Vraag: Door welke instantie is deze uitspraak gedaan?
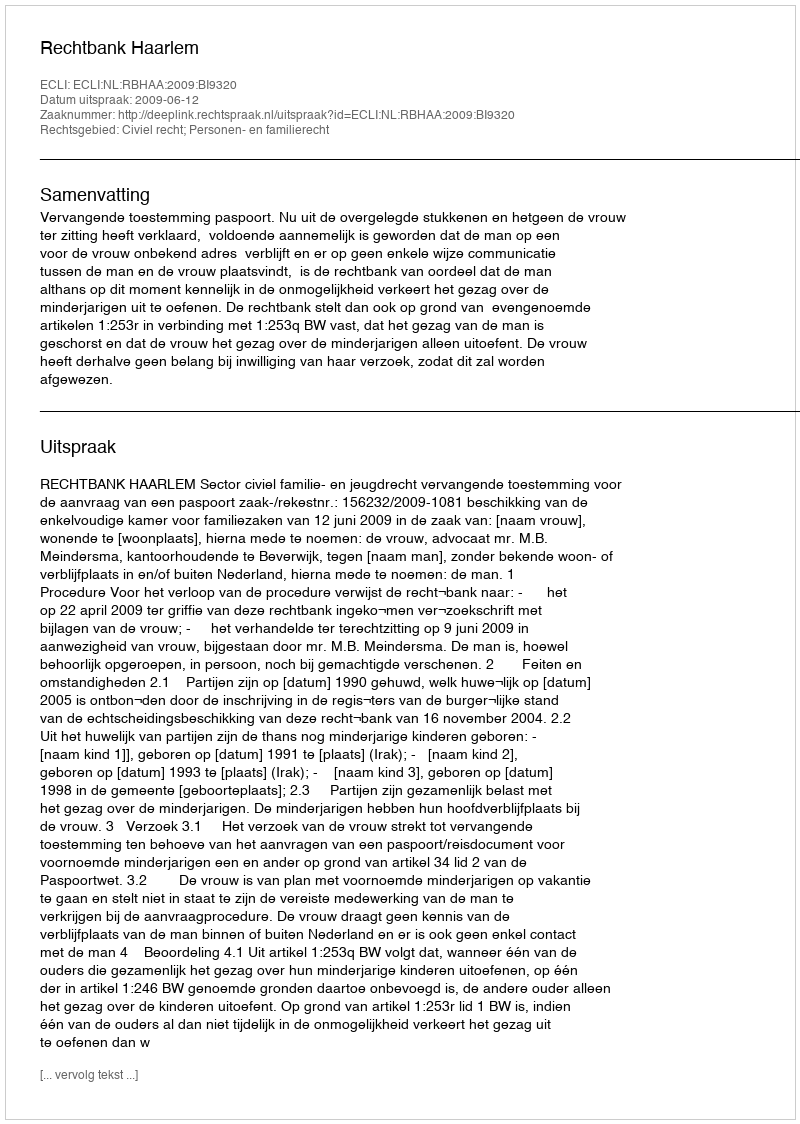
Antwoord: Rechtbank Haarlem